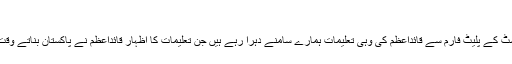
“
مجید نظامی نظریہ پاکستان ٹرسٹ کے پلیٹ فارم سے قائداعظمؒ کی وہی تعلیمات ہمارے سامنے دہرا رہے ہیں جن تعلیمات کا اظہار قائداعظمؒ نے پاکستان بناتے وقت پوری دنیا کے سامنے کیا تھا۔